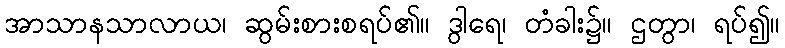
အာသာနသာလာယ၊ ဆွမ်းစားစရပ်၏။ ဒွါရေ၊ တံခါး၌။ ဌတွာ၊ ရပ်၍။